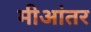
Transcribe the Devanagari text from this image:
मीआंतर